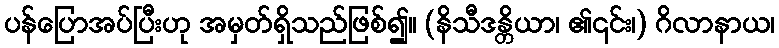
ပန်ပြောအပ်ပြီးဟု အမှတ်ရှိသည်ဖြစ်၍။ (နိသီဒန္တိယာ၊ ၏၎င်း၊) ဂိလာနာယ၊